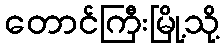
တောင်ကြီးမြို့သို့